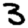
Digit: 3